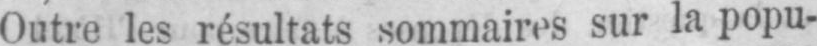
Outre les résultats sommaires sur la popu-